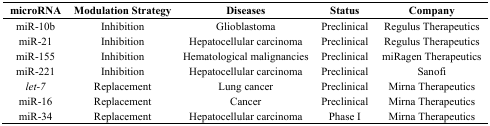
<table><thead><tr><td><b>microRNA</b></td><td><b>Modulation Strategy</b></td><td><b>Diseases</b></td><td><b>Status</b></td><td><b>Company</b></td></tr></thead><tbody><tr><td>miR-10b</td><td>Inhibition</td><td>Glioblastoma</td><td>Preclinical</td><td>Regulus Therapeutics</td></tr><tr><td>miR-21</td><td>Inhibition</td><td>Hepatocellular carcinoma</td><td>Preclinical</td><td>Regulus Therapeutics</td></tr><tr><td>miR-155</td><td>Inhibition</td><td>Hematological malignancies</td><td>Preclinical</td><td>miRagen Therapeutics</td></tr><tr><td>miR-221</td><td>Inhibition</td><td>Hepatocellular carcinoma</td><td>Preclinical</td><td>Sanofi</td></tr><tr><td><i>let-7</i></td><td>Replacement</td><td>Lung cancer</td><td>Preclinical</td><td>Mirna Therapeutics</td></tr><tr><td>miR-16</td><td>Replacement</td><td>Cancer</td><td>Preclinical</td><td>Mirna Therapeutics</td></tr><tr><td>miR-34</td><td>Replacement</td><td>Hepatocellular carcinoma</td><td>Phase I</td><td>Mirna Therapeutics</td></tr></tbody></table>